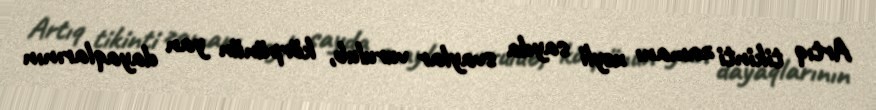
Artıq tikinti zamanı xeyli sayda svaylar vurulub, körpünün yan dayaqlarının